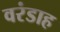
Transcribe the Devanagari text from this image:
वरंडाह